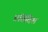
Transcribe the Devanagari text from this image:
प्रतिदिश